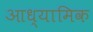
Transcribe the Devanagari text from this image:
आध्‍यामिक